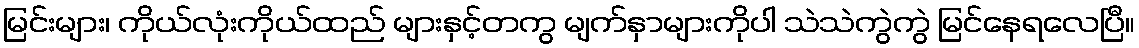
မြင်းများ၊ ကိုယ်လုံးကိုယ်ထည် များနှင့်တကွ မျက်နှာများကိုပါ သဲသဲကွဲကွဲ မြင်နေရလေပြီ။